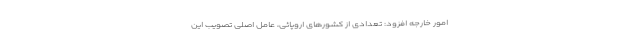
امور خارجه افزود: تعدادی از کشورهای اروپائی، عامل اصلی تصویب این